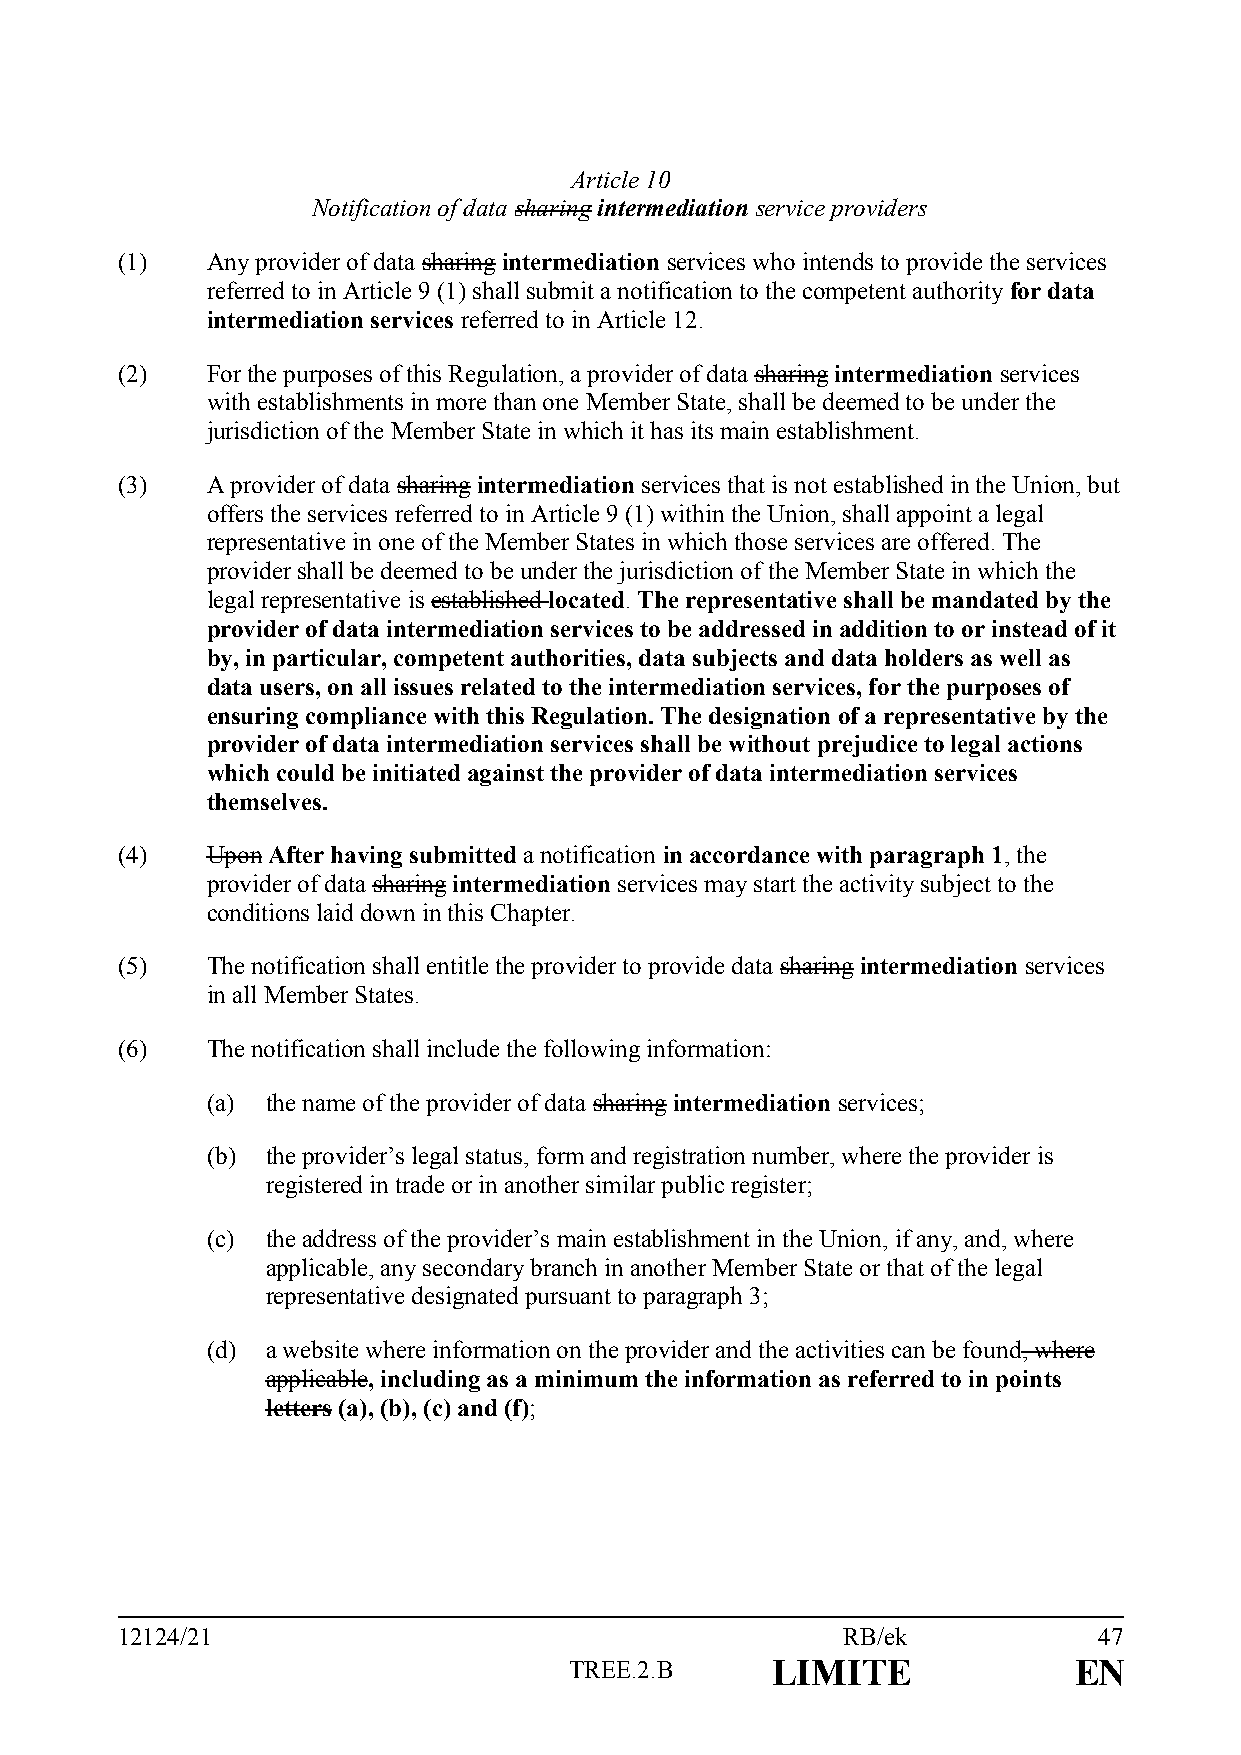
Article 10
 Notification of data sharing intermediation service providers
 (1)   Any provider of data sharing intermediation services who intends to provide the services
 referred to in Article 9 (1) shall submit a notification to the competent authority for data
 intermediation services referred to in Article 12.
 (2)   For the purposes of this Regulation, a provider of data sharing intermediation services
 with establishments in more than one Member State, shall be deemed to be under the
 jurisdiction of the Member State in which it has its main establishment.
 (3)   A provider of data sharing intermediation services that is not established in the Union, but
 offers the services referred to in Article 9 (1) within the Union, shall appoint a legal
 representative in one of the Member States in which those services are offered. The
 provider shall be deemed to be under the jurisdiction of the Member State in which the
 legal representative is established located. The representative shall be mandated by the
 provider of data intermediation services to be addressed in addition to or instead of it
 by, in particular, competent authorities, data subjects and data holders as well as
 data users, on all issues related to the intermediation services, for the purposes of
 ensuring compliance with this Regulation. The designation of a representative by the
 provider of data intermediation services shall be without prejudice to legal actions
 which could be initiated against the provider of data intermediation services
 themselves.
 (4)   Upon After having submitted a notification in accordance with paragraph 1, the
 provider of data sharing intermediation services may start the activity subject to the
 conditions laid down in this Chapter.
 (5)   The notification shall entitle the provider to provide data sharing intermediation services
 in all Member States.
 (6)   The notification shall include the following information:
 (a) the name of the provider of data sharing intermediation services;
 (b) the provider’s legal status, form and registration number, where the provider is
 registered in trade or in another similar public register;
 (c) the address of the provider’s main establishment in the Union, if any, and, where
 applicable, any secondary branch in another Member State or that of the legal
 representative designated pursuant to paragraph 3;
 (d) a website where information on the provider and the activities can be found, where
 applicable, including as a minimum the information as referred to in points
 letters (a), (b), (c) and (f);
 12124/21                                        RB/ek            47
 TREE.2.B     LIMITE              EN